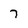
Character: 7